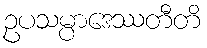
ဥပသမ္ပာဒေဿတီတိ